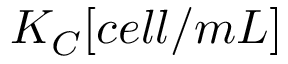
K _ { C } [ c e l l / m L ]